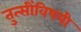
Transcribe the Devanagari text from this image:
तुत्‍सींविषयी